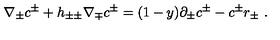
\nabla _ { \pm } c ^ { \pm } + h _ { \pm \pm } \nabla _ { \mp } c ^ { \pm } = ( 1 - y ) \partial _ { \pm } c ^ { \pm } - c ^ { \pm } r _ { \pm } \ .